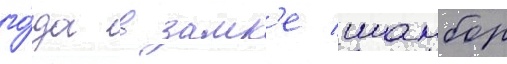
го́да в замк'е шамбор